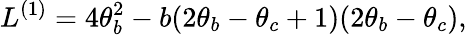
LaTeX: L^{(1)}=4\theta_{b}^{2}-b(2\theta_{b}-\theta_{c}+1)(2\theta_{b}-\theta_{c}),